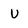
Character: u